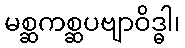
မစ္ဆကစ္ဆပဗျာဝိဒ္ဓါ၊